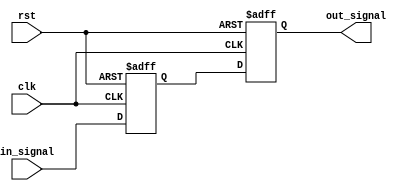
module Delay #(parameter DELAY_TIME = 10) (
    input wire clk,          // Clock signal
    input wire rst,          // Reset signal
    input wire in_signal,    // Input signal
    output reg out_signal    // Output signal
);

    // Internal register to hold the delayed value
    reg in_signal_reg;

    // Always block triggered by the clock
    always @(posedge clk or posedge rst) begin
        if (rst) begin
            out_signal <= 0;         // Reset output signal
            in_signal_reg <= 0;      // Reset internal register
        end else begin
            // Capture the input signal on the rising edge of the clock
            in_signal_reg <= in_signal;
            // Delay the output signal by the specified delay time
            #DELAY_TIME out_signal <= in_signal_reg;
        end
    end

endmodule